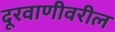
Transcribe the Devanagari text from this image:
दूरवाणीवरील